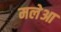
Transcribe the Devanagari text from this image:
मलेआ